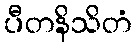
ပီတနိသိတံ